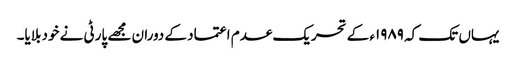
یہاں تک کہ ۱۹۸۹ء کے تحریک عدم اعتماد کے دوران مجھے پارٹی نے خود بلایا۔